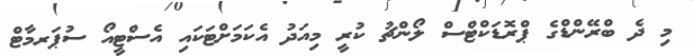
މި ދެ ބްރޭންޑްގެ ޕްރޮޑަކްޓްސް ލޯންޗު ކުރީ މިއަދު އެކަމަށްޓަކައި އެސްޓީއޯ ސުޕަރމާޓް